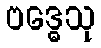
ဗဒ္ဓေသု